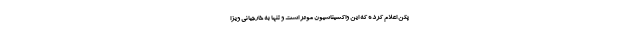
پکن اعلام کرده که این واکسیناسیون موثر است و تنها به خارجیانی ویزا